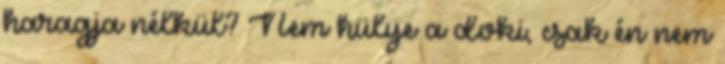
haragja nélkül? Nem hülye a doki, csak én nem